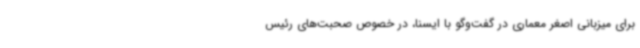
برای میزبانی اصغر معماری در گفت‌وگو با ایسنا، در خصوص صحبت‌های رئیس